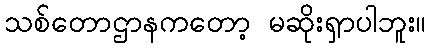
သစ်တောဌာနကတော့ မဆိုးရှာပါဘူး။